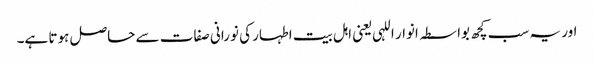
اور یہ سب کچھ بواسطہ انوار اللہی یعنی اہل بیت اطہار کی نورانی صفات سے حاصل ہوتا ہے۔